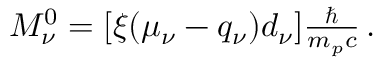
\begin{array} { r } { M _ { \nu } ^ { 0 } = [ \xi ( \mu _ { \nu } - q _ { \nu } ) d _ { \nu } ] \frac { \hbar } { m _ { p } c } \, . } \end{array}